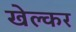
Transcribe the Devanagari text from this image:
खेल्कर